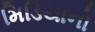
મિડિયાનો